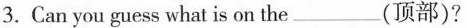
3.Can you guess what is on the___ (顶部)?